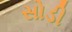
સોડી